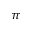
\pi